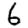
Digit: 6